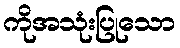
ကိုအသုံးပြုသော